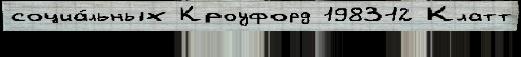
социа́льных Кроуфорд 198312 Клатт